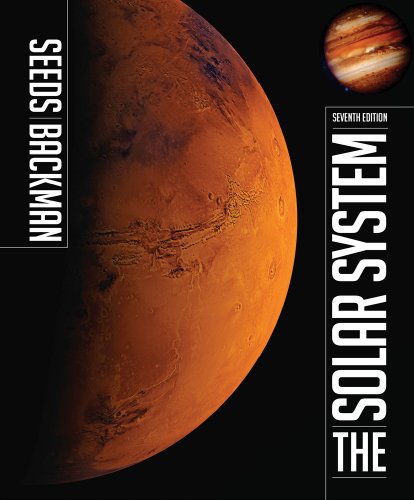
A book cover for The Solar System; Dana Backman; Science & Math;